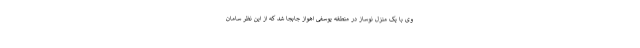
وی با یک منزل نوساز در منطقه یوسفی اهواز جابجا شد که از این نظر سامان